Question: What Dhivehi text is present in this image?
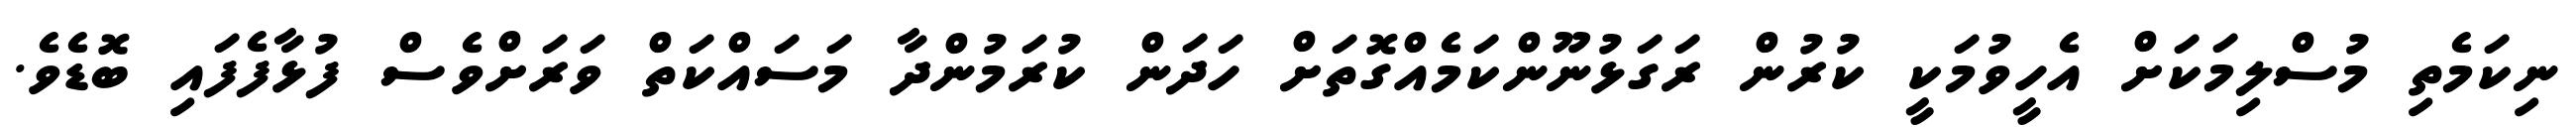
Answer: ނިކަމެތި މުސްލިމަކަށް އެހީވުމަކީ ކުރުން ރަގަޅުނޫންކަމެއްގޮތަށް ހަދަން ކުރަމުންދާ މަސައްކަތް ވަރަށްވެސް ފުޅާފެފައި ބޮޑެވެ.